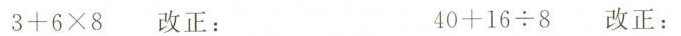
3+6\times8 改正： 40+16\div8 改正：